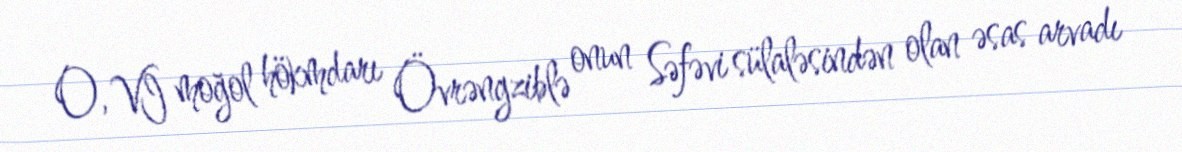
O, VI moğol hökmdarı Övrəngziblə onun Səfəvi sülaləsindən olan əsas arvadı